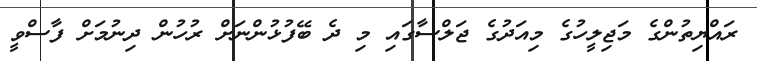
ރައްޔިތުންގެ މަޖިލީހުގެ މިއަދުގެ ޖަލްސާގައި މި ދެ ބޭފުޅުންނަށް ރުހުން ދިނުމަށް ފާސްވީ